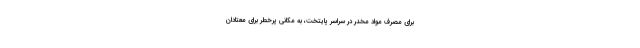
برای مصرف مواد مخدر در سراسر پایتخت، به مکانی پرخطر برای معتادان